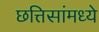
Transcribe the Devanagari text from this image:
छत्तिसांमध्ये